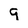
Character: 9